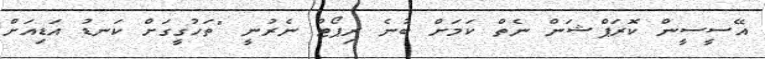
އޭސީސީން ކޮރަޕްޝަން ނެތް ކަމަށް ބުނެ ރިޕޯޓް ނެރުނީ "ތަހުގީގަށް ކަނޑު އަޑިއަށް